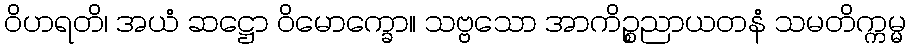
ဝိဟရတိ၊ အယံ ဆဋ္ဌော ဝိမောက္ခော။ သဗ္ဗသော အာကိဉ္စညာယတနံ သမတိက္ကမ္မ